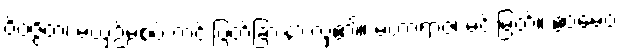
ဝိဝဇ္ဇိတံ၊ မယှဉ်မစပ် ကင်းပြတ်ခြားနားလှ၏။ မဟာရာဇ၊ မင်းမြတ်။ ဧဝမေဝ